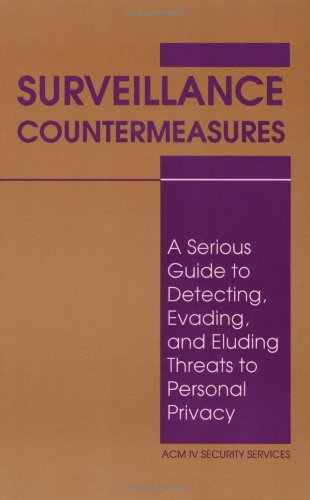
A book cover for Surveillance Countermeasures: A Serious Guide To Detecting, Evading, And Eluding Threats To Personal Privacy; ACM IV Security Services; Biographies & Memoirs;